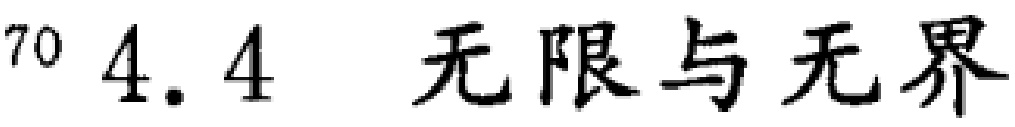
$^{70} 4.4 \quad 无限与无界$